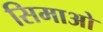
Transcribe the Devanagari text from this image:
सिमाओ